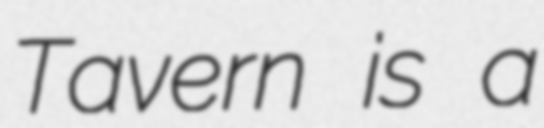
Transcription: Tavern is a